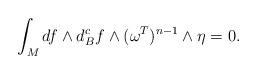
LaTeX: \begin{align*}\int_M df\wedge d^c_B f\wedge (\omega^T)^{n-1}\wedge \eta=0.\end{align*}